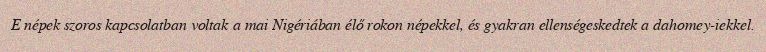
E népek szoros kapcsolatban voltak a mai Nigériában élő rokon népekkel, és gyakran ellenségeskedtek a dahomey-iekkel.